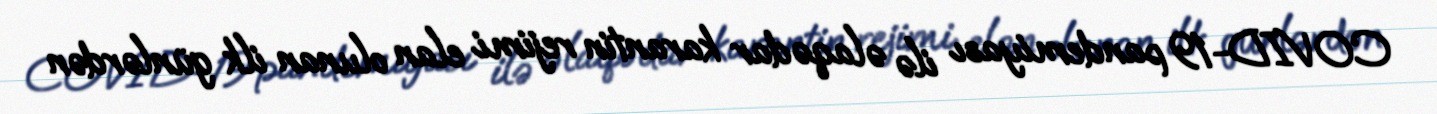
COVID-19 pandemiyası ilə əlaqədar karantin rejimi elan olunan ilk günlərdən